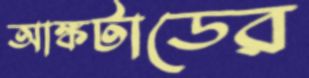
আঙ্কটাডের